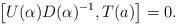
LaTeX: \begin{align*}\big[ U(\alpha)D(\alpha)^{-1}, T(a) \big] = 0.\end{align*}